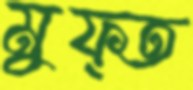
মুফ্ত